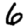
Digit: 6